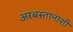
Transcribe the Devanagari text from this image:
अरबस्तानाशी